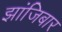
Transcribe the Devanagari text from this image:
झांजिबार